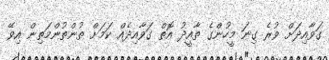
ގަވާއިދަށް ވުރެ ގިނަ މީހުންގެ ތާއީދު އޮތް ގަވާއިދެއް ކަމަށް ތުންތުންމަތިން އިވޭ